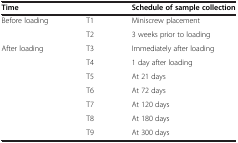
| <COLSPAN=2> Time | Schedule of sample collection |
 | --- | --- | --- |
 | <ROWSPAN=2> Before loading | T1 | Miniscrew placement |
 | T2 | 3 weeks prior to loading |
 | <ROWSPAN=7> After loading | T3 | Immediately after loading |
 | T4 | 1 day after loading |
 | T5 | At 21 days |
 | T6 | At 72 days |
 | T7 | At 120 days |
 | T8 | At 180 days |
 | T9 | At 300 days |